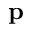
\bf p